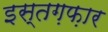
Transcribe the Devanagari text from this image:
इस्तग़फ़ार